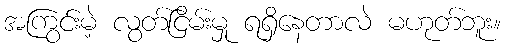
အကြွင်းမဲ့ လွတ်ငြိမ်းမှု ရရှိနေတာလဲ မဟုတ်ဘူး။